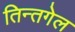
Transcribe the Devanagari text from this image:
तिन्तगेल